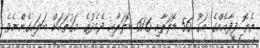
ތެޔޮ ފީފާއެއްގެ އަގު 56 ޑޮލަރާއި 61.6 ޑޮލަރާއި ދެމެދުގެ އަގުތަކަށް ބަލައިގެންނެވެ.